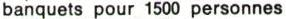
banquets pour 1500 personnes